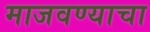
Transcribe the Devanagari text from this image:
माजवण्याचा